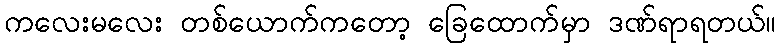
ကလေးမလေး တစ်ယောက်ကတော့ ခြေထောက်မှာ ဒဏ်ရာရတယ်။